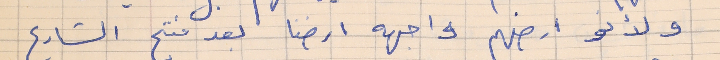
ولانو ارضهم واجهه ارضنا بعد فتح الشارع